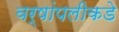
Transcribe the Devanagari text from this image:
वर्षांपलीकडे